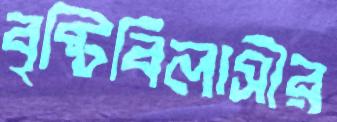
বৃষ্টিবিলাসীর